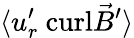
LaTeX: \langle{u}_{r}^{\prime}\ \mathrm{curl}\vec{B}^{\prime}\rangle